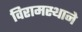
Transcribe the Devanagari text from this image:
विरामस्थाने